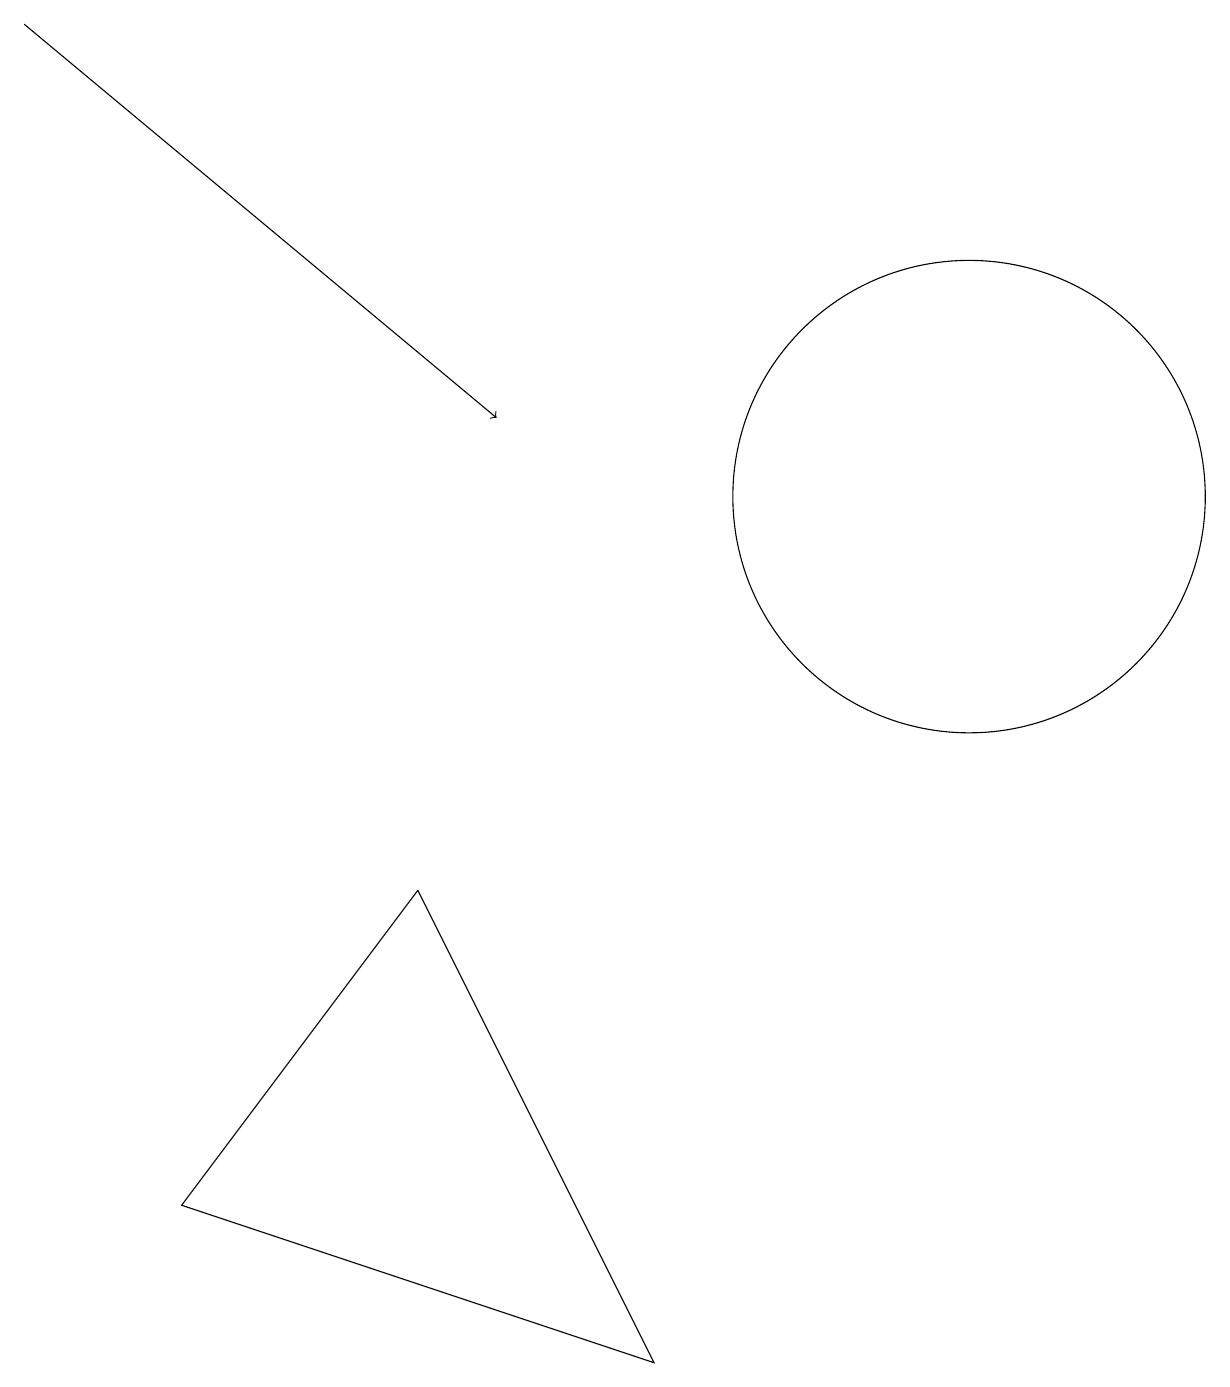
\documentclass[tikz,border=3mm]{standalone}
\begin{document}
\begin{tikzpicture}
\draw (5,6) -- (2,2) -- (8,0) -- cycle;
\draw[->] (0,17) -- (6,12);
\draw (12,11) circle (3);
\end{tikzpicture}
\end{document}